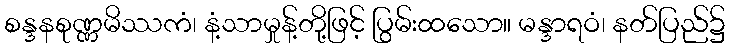
စန္ဒနစုဏ္ဏမိဿကံ၊ နံ့သာမှုန့်တို့ဖြင့် ပြွမ်းထသော။ မန္ဒာရဝံ၊ နတ်ပြည်၌